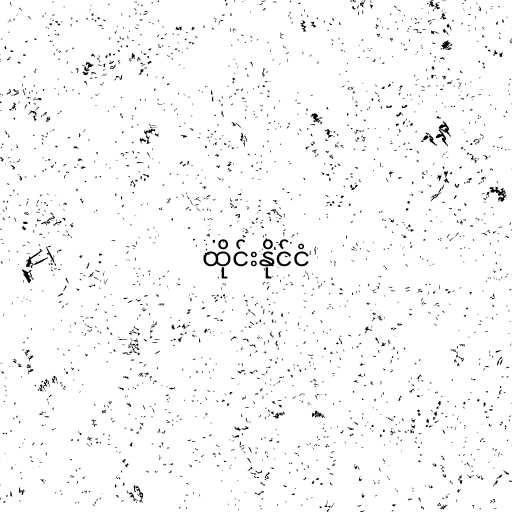
ထိုင်းနိုင်ငံ